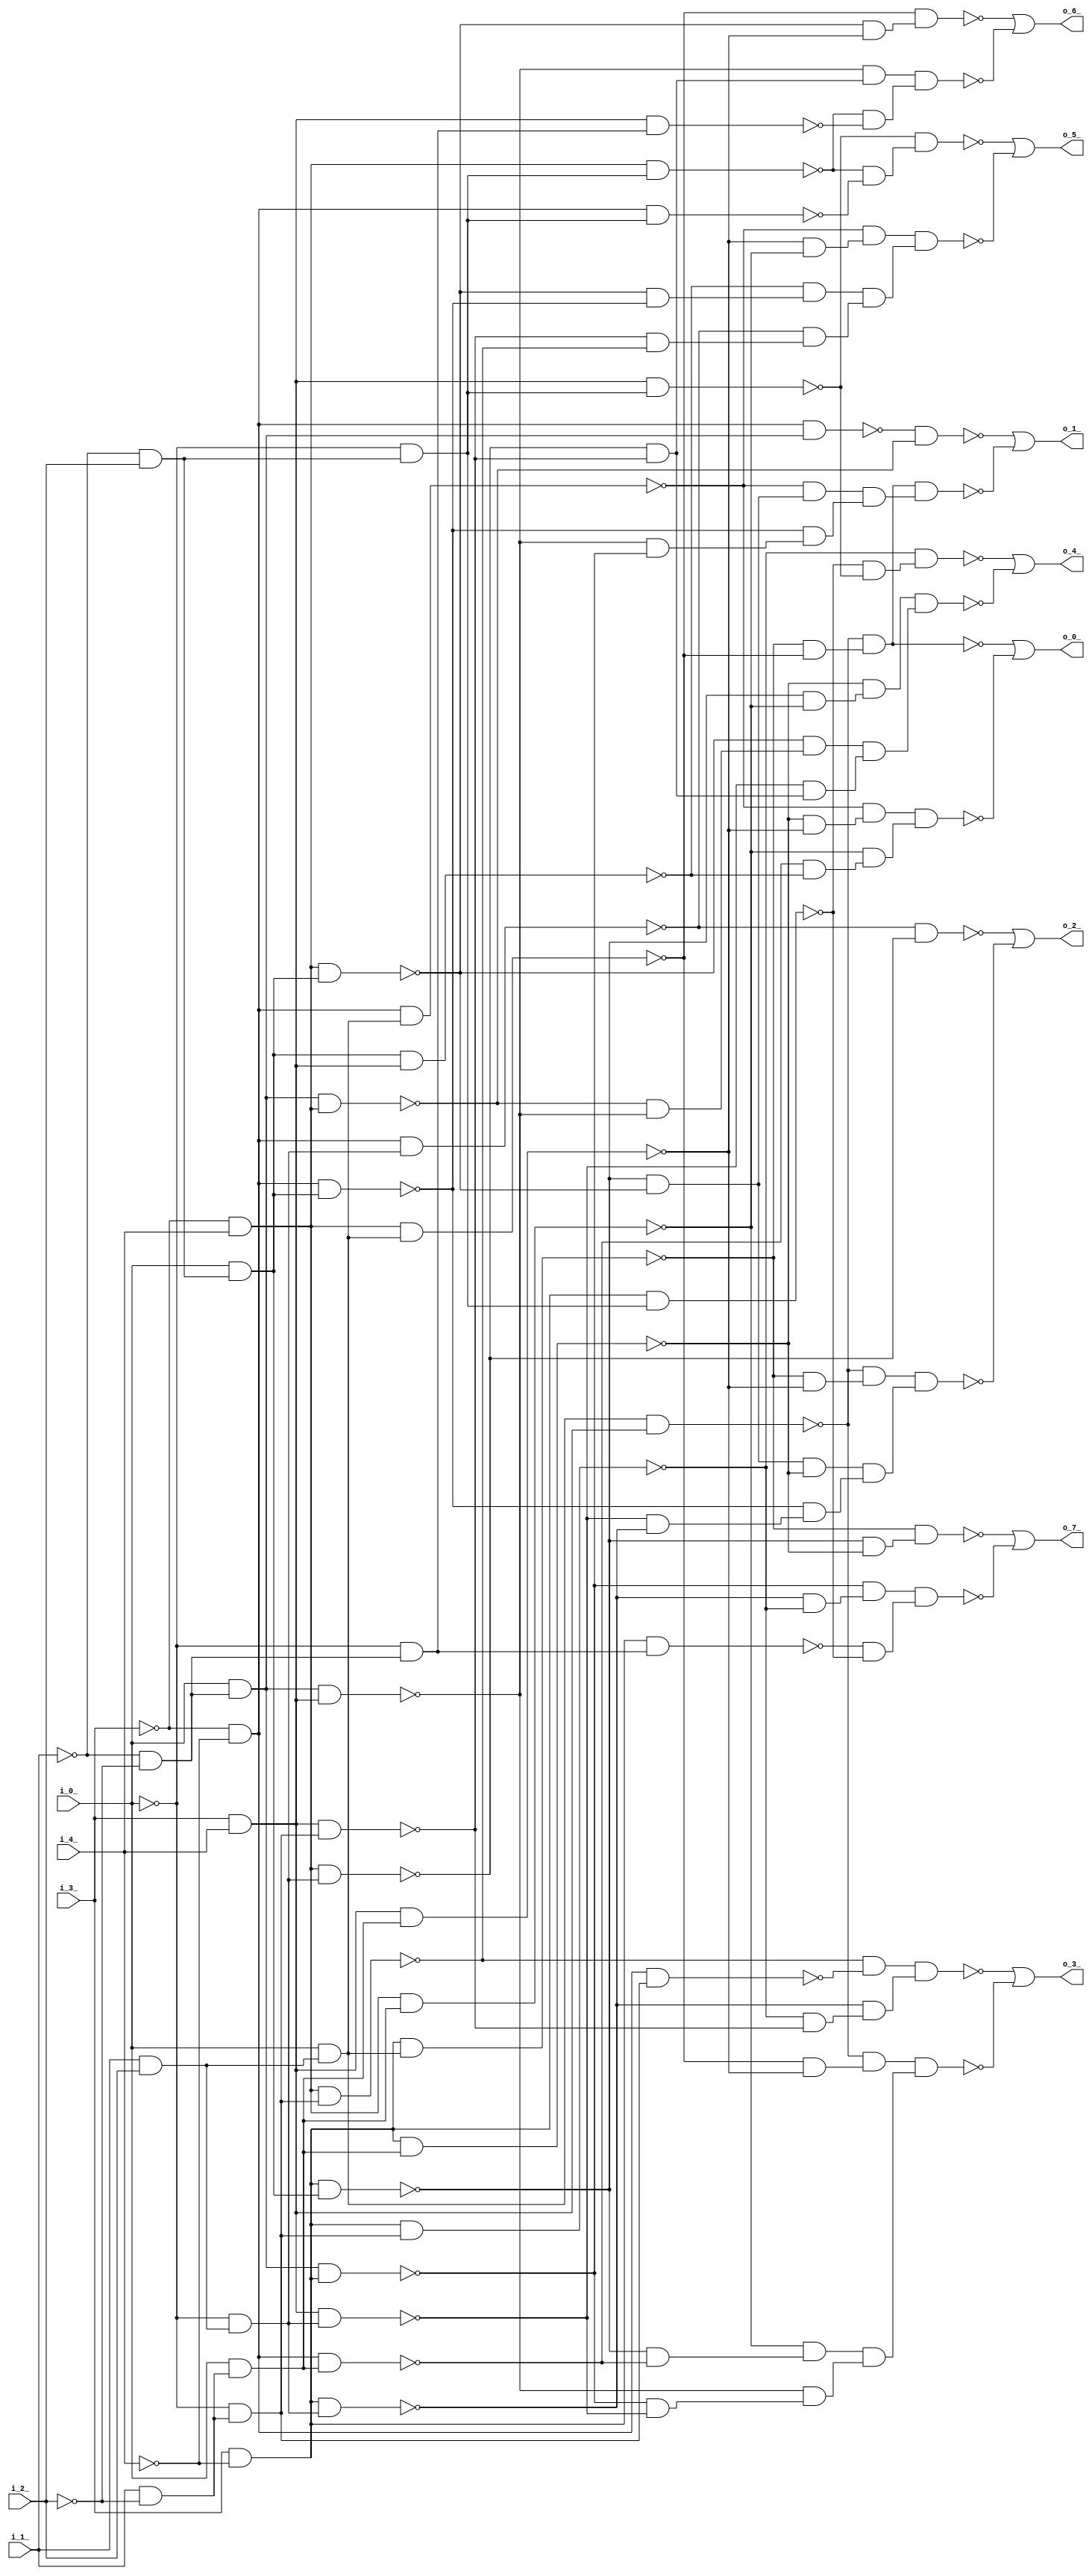
module top ( 
    i_3_, i_4_, i_1_, i_2_, i_0_,
    o_1_, o_2_, o_0_, o_7_, o_5_, o_6_, o_3_, o_4_  );
  input  i_3_, i_4_, i_1_, i_2_, i_0_;
  output o_1_, o_2_, o_0_, o_7_, o_5_, o_6_, o_3_, o_4_;
  wire new_n14_, new_n15_, new_n16_, new_n17_, new_n18_, new_n19_, new_n20_,
    new_n21_, new_n22_, new_n23_, new_n24_, new_n25_, new_n26_, new_n27_,
    new_n28_, new_n29_, new_n30_, new_n31_, new_n32_, new_n33_, new_n34_,
    new_n35_, new_n36_, new_n37_, new_n38_, new_n39_, new_n40_, new_n41_,
    new_n42_, new_n43_, new_n45_, new_n46_, new_n47_, new_n48_, new_n49_,
    new_n50_, new_n51_, new_n52_, new_n53_, new_n54_, new_n55_, new_n56_,
    new_n57_, new_n58_, new_n59_, new_n60_, new_n61_, new_n63_, new_n64_,
    new_n65_, new_n66_, new_n67_, new_n68_, new_n69_, new_n70_, new_n72_,
    new_n73_, new_n74_, new_n75_, new_n76_, new_n77_, new_n78_, new_n79_,
    new_n80_, new_n81_, new_n82_, new_n83_, new_n85_, new_n86_, new_n87_,
    new_n88_, new_n89_, new_n90_, new_n91_, new_n92_, new_n93_, new_n94_,
    new_n95_, new_n96_, new_n97_, new_n98_, new_n99_, new_n101_, new_n102_,
    new_n103_, new_n104_, new_n105_, new_n106_, new_n107_, new_n109_,
    new_n110_, new_n111_, new_n112_, new_n113_, new_n114_, new_n115_,
    new_n116_, new_n117_, new_n118_, new_n119_, new_n120_, new_n121_,
    new_n123_, new_n124_, new_n125_, new_n126_, new_n127_, new_n128_,
    new_n129_, new_n130_, new_n131_;
  assign new_n14_ = ~i_3_ & ~i_4_;
  assign new_n15_ = ~i_1_ & ~i_2_;
  assign new_n16_ = i_0_ & new_n15_;
  assign new_n17_ = new_n14_ & new_n16_;
  assign new_n18_ = ~i_3_ & i_4_;
  assign new_n19_ = new_n16_ & new_n18_;
  assign new_n20_ = ~new_n17_ & ~new_n19_;
  assign new_n21_ = i_3_ & ~i_4_;
  assign new_n22_ = ~i_1_ & i_2_;
  assign new_n23_ = i_0_ & new_n22_;
  assign new_n24_ = new_n21_ & new_n23_;
  assign new_n25_ = new_n18_ & new_n23_;
  assign new_n26_ = i_1_ & i_2_;
  assign new_n27_ = i_0_ & new_n26_;
  assign new_n28_ = new_n14_ & new_n27_;
  assign new_n29_ = ~new_n24_ & ~new_n25_;
  assign new_n30_ = ~new_n28_ & new_n29_;
  assign new_n31_ = i_3_ & i_4_;
  assign new_n32_ = new_n16_ & new_n31_;
  assign new_n33_ = new_n16_ & new_n21_;
  assign new_n34_ = new_n14_ & new_n23_;
  assign new_n35_ = ~new_n32_ & ~new_n33_;
  assign new_n36_ = ~new_n34_ & new_n35_;
  assign new_n37_ = new_n21_ & new_n27_;
  assign new_n38_ = new_n18_ & new_n27_;
  assign new_n39_ = new_n27_ & new_n31_;
  assign new_n40_ = ~new_n37_ & ~new_n38_;
  assign new_n41_ = ~new_n39_ & new_n40_;
  assign new_n42_ = new_n30_ & new_n36_;
  assign new_n43_ = new_n41_ & new_n42_;
  assign o_1_ = ~new_n20_ | ~new_n43_;
  assign new_n45_ = ~i_0_ & new_n26_;
  assign new_n46_ = new_n14_ & new_n45_;
  assign new_n47_ = new_n18_ & new_n45_;
  assign new_n48_ = ~new_n46_ & ~new_n47_;
  assign new_n49_ = i_1_ & ~i_2_;
  assign new_n50_ = i_0_ & new_n49_;
  assign new_n51_ = new_n21_ & new_n50_;
  assign new_n52_ = new_n29_ & ~new_n51_;
  assign new_n53_ = new_n31_ & new_n45_;
  assign new_n54_ = new_n21_ & new_n45_;
  assign new_n55_ = ~new_n53_ & ~new_n54_;
  assign new_n56_ = ~new_n34_ & new_n55_;
  assign new_n57_ = new_n31_ & new_n50_;
  assign new_n58_ = ~new_n37_ & ~new_n57_;
  assign new_n59_ = ~new_n39_ & new_n58_;
  assign new_n60_ = new_n52_ & new_n56_;
  assign new_n61_ = new_n59_ & new_n60_;
  assign o_2_ = ~new_n48_ | ~new_n61_;
  assign new_n63_ = ~new_n51_ & ~new_n57_;
  assign new_n64_ = ~new_n28_ & new_n63_;
  assign new_n65_ = new_n14_ & new_n50_;
  assign new_n66_ = new_n23_ & new_n31_;
  assign new_n67_ = new_n18_ & new_n50_;
  assign new_n68_ = ~new_n65_ & ~new_n66_;
  assign new_n69_ = ~new_n67_ & new_n68_;
  assign new_n70_ = new_n64_ & new_n69_;
  assign o_0_ = ~new_n41_ | ~new_n70_;
  assign new_n72_ = ~i_0_ & new_n49_;
  assign new_n73_ = new_n21_ & new_n72_;
  assign new_n74_ = ~new_n54_ & ~new_n73_;
  assign new_n75_ = ~new_n33_ & new_n74_;
  assign new_n76_ = ~i_0_ & new_n15_;
  assign new_n77_ = new_n21_ & new_n76_;
  assign new_n78_ = ~i_0_ & new_n22_;
  assign new_n79_ = new_n21_ & new_n78_;
  assign new_n80_ = ~new_n77_ & ~new_n79_;
  assign new_n81_ = ~new_n24_ & ~new_n51_;
  assign new_n82_ = ~new_n37_ & new_n81_;
  assign new_n83_ = new_n75_ & new_n80_;
  assign o_7_ = ~new_n82_ | ~new_n83_;
  assign new_n85_ = new_n18_ & new_n78_;
  assign new_n86_ = new_n14_ & new_n78_;
  assign new_n87_ = new_n31_ & new_n78_;
  assign new_n88_ = ~new_n85_ & ~new_n86_;
  assign new_n89_ = ~new_n87_ & new_n88_;
  assign new_n90_ = ~new_n25_ & ~new_n34_;
  assign new_n91_ = ~new_n66_ & new_n90_;
  assign new_n92_ = new_n31_ & new_n72_;
  assign new_n93_ = new_n18_ & new_n72_;
  assign new_n94_ = ~new_n92_ & ~new_n93_;
  assign new_n95_ = ~new_n46_ & new_n94_;
  assign new_n96_ = ~new_n57_ & ~new_n67_;
  assign new_n97_ = ~new_n28_ & new_n96_;
  assign new_n98_ = new_n91_ & new_n95_;
  assign new_n99_ = new_n97_ & new_n98_;
  assign o_5_ = ~new_n89_ | ~new_n99_;
  assign new_n101_ = ~new_n47_ & ~new_n92_;
  assign new_n102_ = ~new_n32_ & new_n101_;
  assign new_n103_ = new_n31_ & new_n76_;
  assign new_n104_ = ~new_n85_ & ~new_n103_;
  assign new_n105_ = ~new_n25_ & ~new_n57_;
  assign new_n106_ = ~new_n38_ & new_n105_;
  assign new_n107_ = new_n102_ & new_n104_;
  assign o_6_ = ~new_n106_ | ~new_n107_;
  assign new_n109_ = new_n14_ & new_n72_;
  assign new_n110_ = ~new_n93_ & ~new_n109_;
  assign new_n111_ = ~new_n73_ & ~new_n92_;
  assign new_n112_ = ~new_n54_ & new_n111_;
  assign new_n113_ = new_n110_ & new_n112_;
  assign new_n114_ = ~new_n24_ & ~new_n65_;
  assign new_n115_ = ~new_n67_ & new_n114_;
  assign new_n116_ = ~new_n33_ & ~new_n53_;
  assign new_n117_ = ~new_n32_ & new_n116_;
  assign new_n118_ = ~new_n38_ & ~new_n57_;
  assign new_n119_ = ~new_n39_ & new_n118_;
  assign new_n120_ = new_n115_ & new_n117_;
  assign new_n121_ = new_n119_ & new_n120_;
  assign o_3_ = ~new_n113_ | ~new_n121_;
  assign new_n123_ = ~new_n79_ & ~new_n87_;
  assign new_n124_ = ~new_n73_ & new_n123_;
  assign new_n125_ = ~new_n19_ & ~new_n32_;
  assign new_n126_ = ~new_n25_ & new_n125_;
  assign new_n127_ = ~new_n53_ & new_n101_;
  assign new_n128_ = ~new_n24_ & ~new_n67_;
  assign new_n129_ = ~new_n51_ & new_n128_;
  assign new_n130_ = new_n126_ & new_n127_;
  assign new_n131_ = new_n129_ & new_n130_;
  assign o_4_ = ~new_n124_ | ~new_n131_;
endmodule